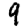
Digit: 9